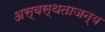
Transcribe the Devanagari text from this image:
अस्वस्थताजन्य